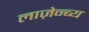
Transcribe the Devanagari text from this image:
लाज़ेन्ब्य